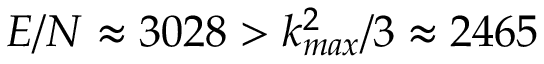
E / N \approx 3 0 2 8 > k _ { m a x } ^ { 2 } / 3 \approx 2 4 6 5